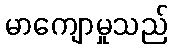
မာကျောမှုသည်